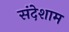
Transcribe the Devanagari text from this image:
संदेशाम